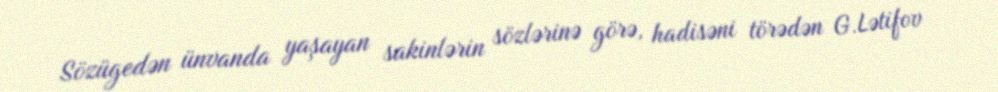
Sözügedən ünvanda yaşayan sakinlərin sözlərinə görə, hadisəni törədən G.Lətifov